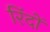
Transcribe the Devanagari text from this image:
रिंदों